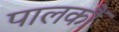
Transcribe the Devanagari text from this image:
पालकौं